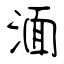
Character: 湎